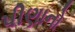
પીણાનો